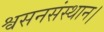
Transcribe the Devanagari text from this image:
श्वसनसंस्थान।